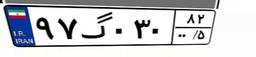
۹۷گ۰۳۰۸۲